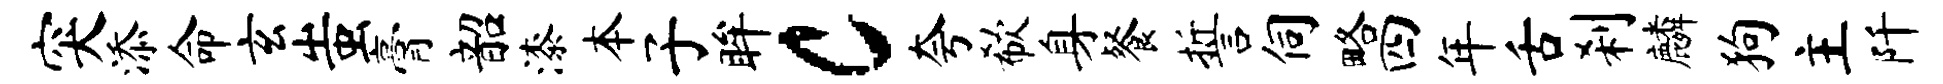
突添命玄蚩膏韶漆本子眸c夸欷身餐誓伺略四年舌刹麟狗主阡